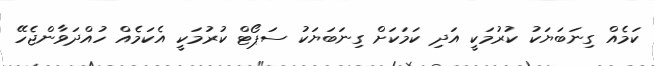
ކަމެއް ގިނަބަޔަކު ކުރުމަކީ އަދި ކަމަކަށް ގިނަބަޔަކު ސަޕޯޓް ކުރުމަކީ އެކަމެއް ހުއްދަވާންޖެހޭ